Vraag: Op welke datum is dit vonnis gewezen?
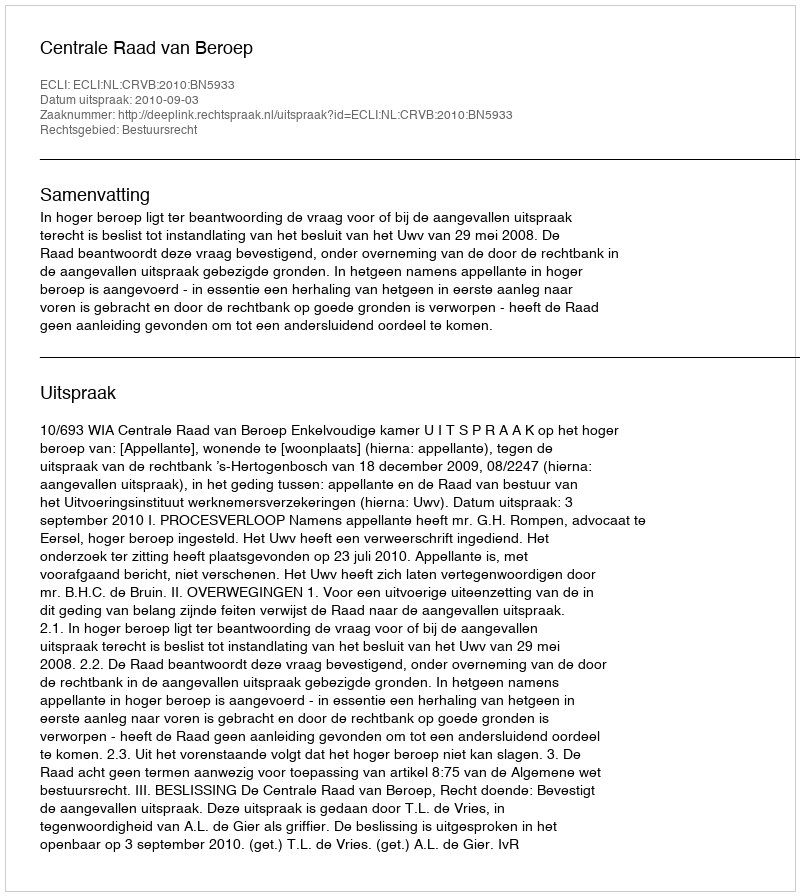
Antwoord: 2010-09-03